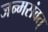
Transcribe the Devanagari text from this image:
जन्मसंवत्